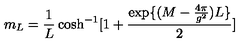
m _ { L } = \frac { 1 } { L } \cosh ^ { - 1 } [ 1 + \frac { \exp \{ ( M - \frac { 4 \pi } { g ^ { 2 } } ) L \} } { 2 } ]